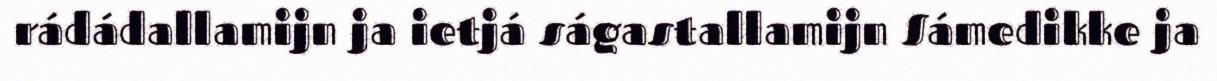
rádádallamijn ja ietjá ságastallamijn Sámedikke ja